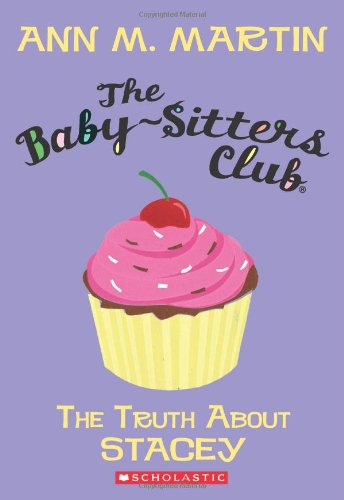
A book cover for The Truth About Stacey (The Baby-Sitters Club, No.3); Ann M. Martin; Children's Books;